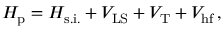
H _ { \mathrm { p } } = H _ { \mathrm { s . i . } } + V _ { \mathrm { L S } } + V _ { \mathrm { T } } + V _ { \mathrm { h f } } \, ,